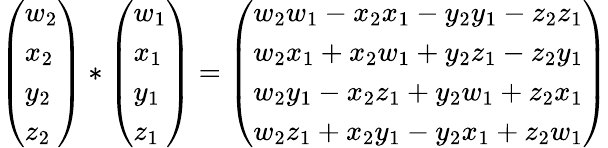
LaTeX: {\left(\begin{array}{l}{w_{2}}\\ {x_{2}}\\ {y_{2}}\\ {z_{2}}\end{array}\right)}*{\left(\begin{array}{l}{w_{1}}\\ {x_{1}}\\ {y_{1}}\\ {z_{1}}\end{array}\right)}={\left(\begin{array}{l}{{w_{2}w_{1}-x_{2}x_{1}-y_{2}y_{1}-z_{2}z_{1}}}\\ {{w_{2}x_{1}+x_{2}w_{1}+y_{2}z_{1}-z_{2}y_{1}}}\\ {{w_{2}y_{1}-x_{2}z_{1}+y_{2}w_{1}+z_{2}x_{1}}}\\ {{w_{2}z_{1}+x_{2}y_{1}-y_{2}x_{1}+z_{2}w_{1}}}\end{array}\right)}